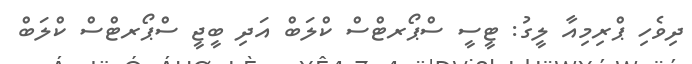
ދިވެހި ޕްރިމިއާ ލީގު: ޓީސީ ސްޕޯރޓްސް ކްލަބް އަދި ބީޖީ ސްޕޯރޓްސް ކްލަބް